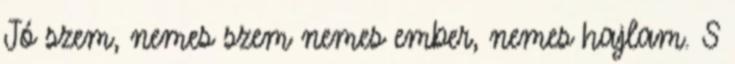
Jó szem, nemes szem nemes ember, nemes hajlam. S